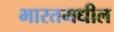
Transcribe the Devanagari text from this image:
भारतमधील